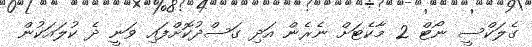
ގެލަކްސީ ނޯޓް 2 މާކެޓަށް ނެރެން އަދި ގަސްދުކޮށްފައި ވަނީ ދެ ކުލައަކުން